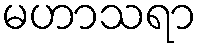
မဟာသရာ